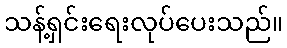
သန့်ရှင်းရေးလုပ်ပေးသည်။